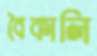
বৈকালি